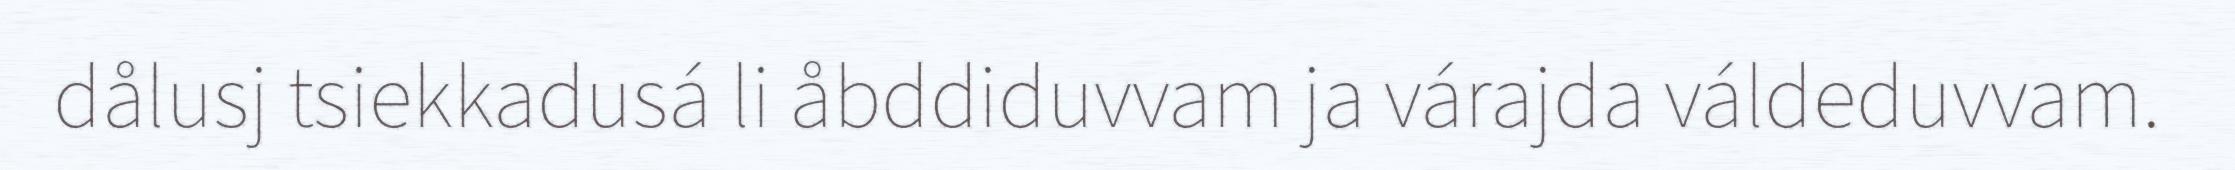
dålusj tsiekkadusá li åbddiduvvam ja várajda váldeduvvam.